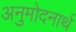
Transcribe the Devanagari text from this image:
अनुमोदनार्थ